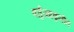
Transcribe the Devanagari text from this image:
वर्तुळाकृतीत